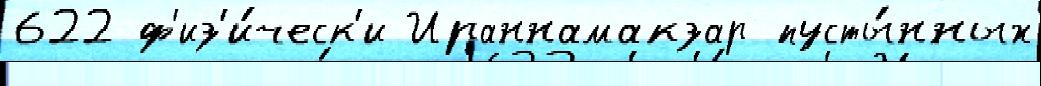
622 ф'из'и́ческ'и Ираннамакзар пусты́нных